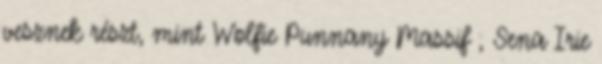
vesznek részt, mint Wolfie Punnany Massif , Sena Irie